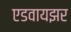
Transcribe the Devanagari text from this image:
एडवायझर